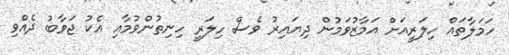
ހަމަލާތައް ހިލަރީއަށް އަމާޒުވަމުން ދިޔައިރު ވެސް ހިލަރީ ހިނިތުންވުމާއި އެކު ޖަވާބު ދެއްވި